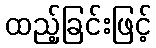
ထည့်ခြင်းဖြင့်